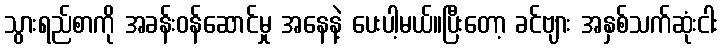
သွားရည်စာကို အခန်းဝန်ဆောင်မှု အနေနဲ့ ပေးပါ့မယ်။ပြီးတော့ ခင်ဗျား အနှစ်သက်ဆုံးငါး